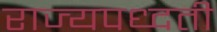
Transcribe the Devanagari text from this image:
राज्यपध्दती